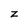
Character: z